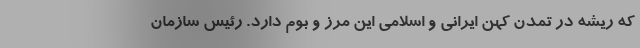
که ریشه در تمدن کهن ایرانی و اسلامی این مرز و بوم دارد. رئیس سازمان